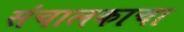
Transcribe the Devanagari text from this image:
संचालकाचा